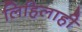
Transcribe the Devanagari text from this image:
लिहिलाही